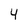
Character: 4